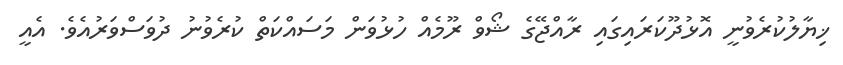
ޚިޔާލުކުރެވުނީ އޮޅުދޫކަރައިގައި ރާއްޖޭގެ ޝޯވް ރޫމެއް ހުޅުވަން މަސައްކަތް ކުރެވުނު ދުވަސްވަރުއެވެ. އެއީ